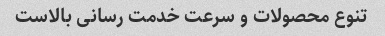
تنوع محصولات و سرعت خدمت رسانی بالاست